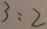
3 : 2